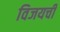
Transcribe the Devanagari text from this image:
विजयची